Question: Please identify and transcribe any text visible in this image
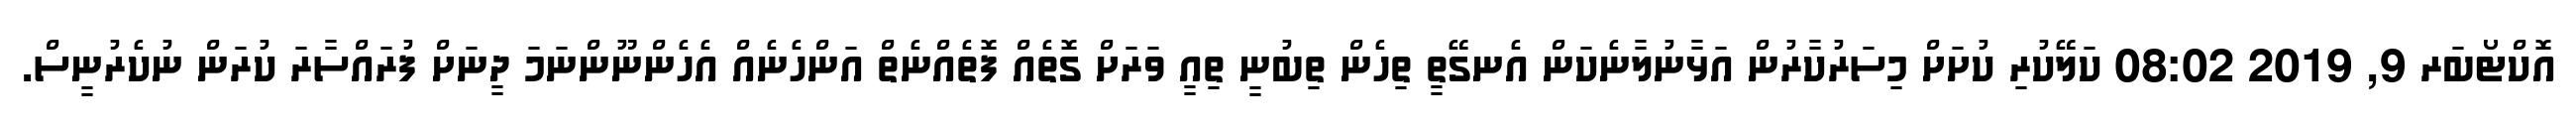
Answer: އޮކްޓޯބަރ 9, 2019 08:02 ކަލޭކުރި ކުށަށް މިސަރުކާރުން އަޅާނުލާނެކަން އެނގޭތީ ތިހެން ތިބުނީ ތިއީ ވަރަށް ގޮތެއް ފޮތެއްނެތް އަންހެނެއް އެހެންނޫންނަމަ ދީނަށް ފުރައްސާރަ ކުރަން ނުކެރުނީސް.